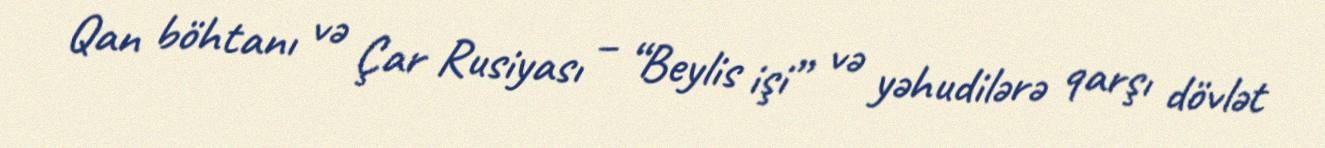
Qan böhtanı və Çar Rusiyası – “Beylis işi” və yəhudilərə qarşı dövlət